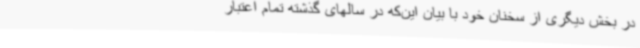
در بخش دیگری از سخنان خود با بیان این‌که در سالهای گذشته تمام اعتبار